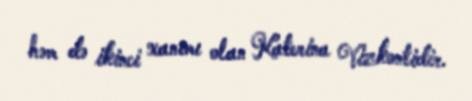
həm də ikinci xanımı olan Katerina Vizkontidir.